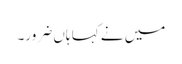
میں نے کہا ہاں ضرور۔